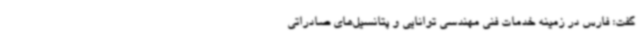
گفت: فارس در زمینه خدمات فنی مهندسی توانایی و پتانسیل‌های صادراتی